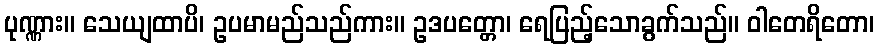
ပုဏ္ဏား။ သေယျထာပိ၊ ဥပမာမည်သည်ကား။ ဥဒပတ္တော၊ ရေပြည့်သောခွက်သည်။ ဝါတေရိတော၊